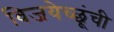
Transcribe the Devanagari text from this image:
विजयेच्छूंची